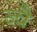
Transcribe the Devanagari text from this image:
ज्‍वै